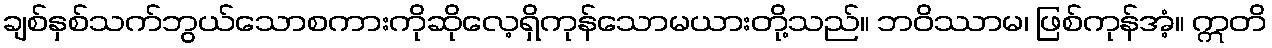
ချစ်နှစ်သက်ဘွယ်သောစကားကိုဆိုလေ့ရှိကုန်သောမယားတို့သည်။ ဘဝိဿာမ၊ ဖြစ်ကုန်အံ့။ ဣတိ